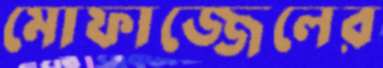
মোফাজ্জেলের